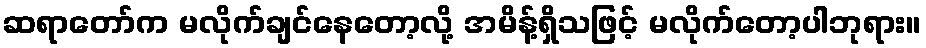
ဆရာတော်က မလိုက်ချင်နေတော့လို့ အမိန့်ရှိသဖြင့် မလိုက်တော့ပါဘုရား။